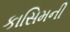
કાસિમની